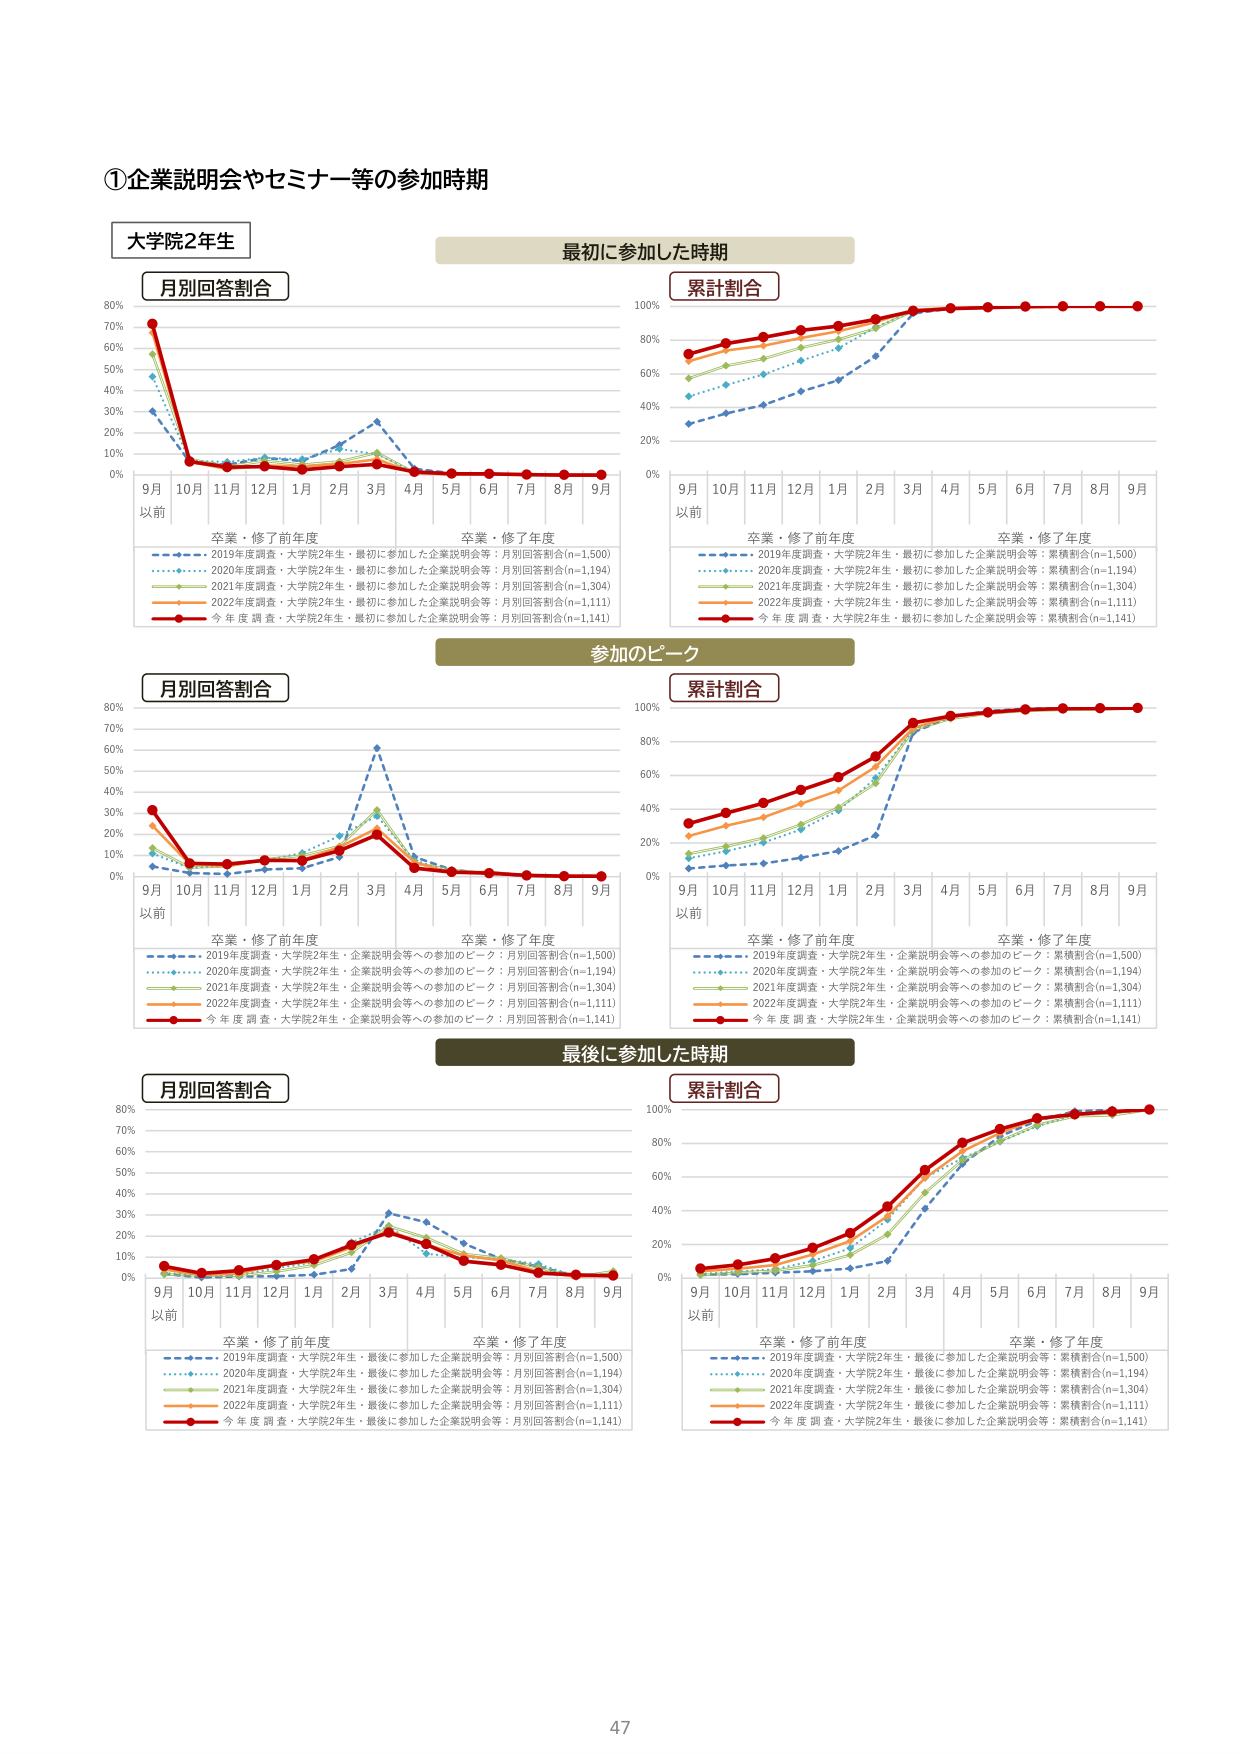
①企業説明会やセミナー等の参加時期

大学院2年生

月別回答割合
最初に参加した時期
累計割合

9月
以前
10月 11月 12月 1月 2月 3月 4月 5月 6月 7月 8月 9月
卒業・修了前年度
卒業・修了年度

2019年度調査・大学院2年生・最初に参加した企業説明会等：月別回答割合(n=1,500)
2020年度調査・大学院2年生・最初に参加した企業説明会等：月別回答割合(n=1,194)
2021年度調査・大学院2年生・最初に参加した企業説明会等：月別回答割合(n=1,304)
2022年度調査・大学院2年生・最初に参加した企業説明会等：月別回答割合(n=1,111)
今年度調査・大学院2年生・最初に参加した企業説明会等：月別回答割合(n=1,141)

2019年度調査・大学院2年生・最初に参加した企業説明会等：累積割合(n=1,500)
2020年度調査・大学院2年生・最初に参加した企業説明会等：累積割合(n=1,194)
2021年度調査・大学院2年生・最初に参加した企業説明会等：累積割合(n=1,304)
2022年度調査・大学院2年生・最初に参加した企業説明会等：累積割合(n=1,111)
今年度調査・大学院2年生・最初に参加した企業説明会等：累積割合(n=1,141)

参加のピーク

月別回答割合
累計割合

9月
以前
10月 11月 12月 1月 2月 3月 4月 5月 6月 7月 8月 9月
卒業・修了前年度
卒業・修了年度

2019年度調査・大学院2年生・企業説明会等への参加のピーク：月別回答割合(n=1,500)
2020年度調査・大学院2年生・企業説明会等への参加のピーク：月別回答割合(n=1,194)
2021年度調査・大学院2年生・企業説明会等への参加のピーク：月別回答割合(n=1,304)
2022年度調査・大学院2年生・企業説明会等への参加のピーク：月別回答割合(n=1,111)
今年度調査・大学院2年生・企業説明会等への参加のピーク：月別回答割合(n=1,141)

2019年度調査・大学院2年生・企業説明会等への参加のピーク：累積割合(n=1,500)
2020年度調査・大学院2年生・企業説明会等への参加のピーク：累積割合(n=1,194)
2021年度調査・大学院2年生・企業説明会等への参加のピーク：累積割合(n=1,304)
2022年度調査・大学院2年生・企業説明会等への参加のピーク：累積割合(n=1,111)
今年度調査・大学院2年生・企業説明会等への参加のピーク：累積割合(n=1,141)

最後に参加した時期

月別回答割合
累計割合

9月
以前
10月 11月 12月 1月 2月 3月 4月 5月 6月 7月 8月 9月
卒業・修了前年度
卒業・修了年度

2019年度調査・大学院2年生・最後に参加した企業説明会等：月別回答割合(n=1,500)
2020年度調査・大学院2年生・最後に参加した企業説明会等：月別回答割合(n=1,194)
2021年度調査・大学院2年生・最後に参加した企業説明会等：月別回答割合(n=1,304)
2022年度調査・大学院2年生・最後に参加した企業説明会等：月別回答割合(n=1,111)
今年度調査・大学院2年生・最後に参加した企業説明会等：月別回答割合(n=1,141)

2019年度調査・大学院2年生・最後に参加した企業説明会等：累積割合(n=1,500)
2020年度調査・大学院2年生・最後に参加した企業説明会等：累積割合(n=1,194)
2021年度調査・大学院2年生・最後に参加した企業説明会等：累積割合(n=1,304)
2022年度調査・大学院2年生・最後に参加した企業説明会等：累積割合(n=1,111)
今年度調査・大学院2年生・最後に参加した企業説明会等：累積割合(n=1,141)

47